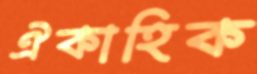
ঐকাহিক